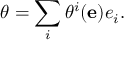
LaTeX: \theta = \sum _ { i } \theta ^ { i } ( \mathbf { e } ) e _ { i } .